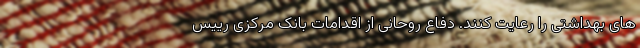
های بهداشتی را رعایت کنند. دفاع روحانی از اقدامات بانک مرکزی رییس